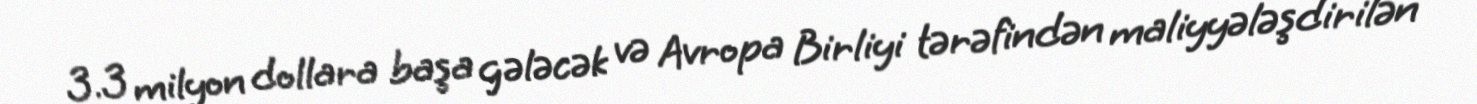
3.3 milyon dollara başa gələcək və Avropa Birliyi tərəfindən maliyyələşdirilən